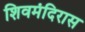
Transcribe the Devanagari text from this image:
शिवमंदिरास